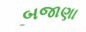
બજાણા